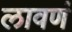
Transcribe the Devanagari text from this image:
लावणं